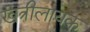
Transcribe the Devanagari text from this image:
खत्रीलायक